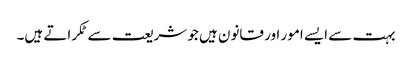
بہت سے ایسے امور اور قانون ہیں جو شریعت سے ٹکراتے ہیں۔